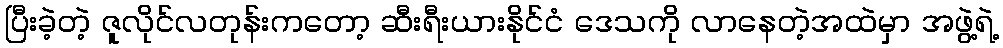
ပြီးခဲ့တဲ့ ဇူလိုင်လတုန်းကတော့ ဆီးရီးယားနိုင်ငံ ဒေသကို လာနေတဲ့အထဲမှာ အဖွဲ့ရဲ့